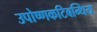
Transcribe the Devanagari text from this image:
उपोष्णकटिबन्धिय